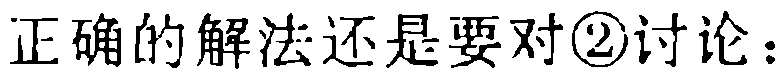
正确的解法还是要对\textcircled{2}讨论：